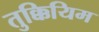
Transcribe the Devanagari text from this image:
तुक्कियिम